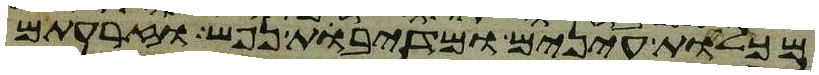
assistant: מכלות עינים ומדיבת נפש וזרעתם